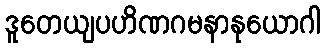
ဒူတေယျပဟိဏဂမနာနုယောဂါ